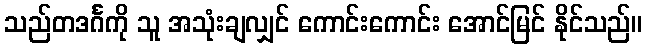
သည်တဒင်္ဂကို သူ အသုံးချလျှင် ကောင်းကောင်း အောင်မြင် နိုင်သည်။